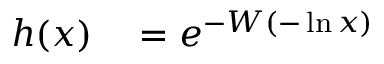
\begin{array} { r l } { h ( x ) } & { { } = e ^ { - W ( - \ln x ) } } \end{array}